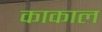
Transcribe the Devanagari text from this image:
काकाल